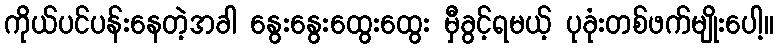
ကိုယ်ပင်ပန်းနေတဲ့အခါ နွေးနွေးထွေးထွေး မှီခွင့်ရမယ့် ပုခုံးတစ်ဖက်မျိုးပေါ့။